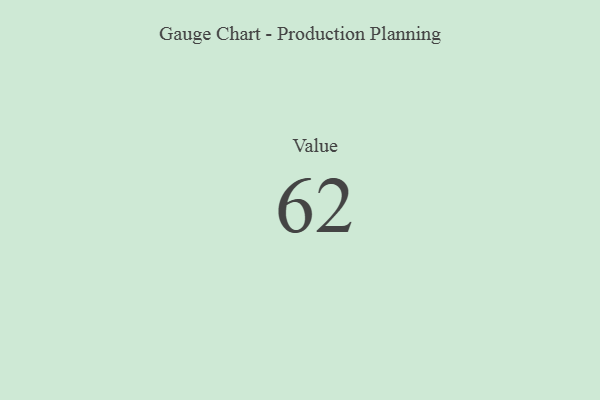
{"axis": {"x": "Metric", "y": "Value"}, "legend": [""], "data": [{"x": "Value", "y": 62, "type": ""}]}